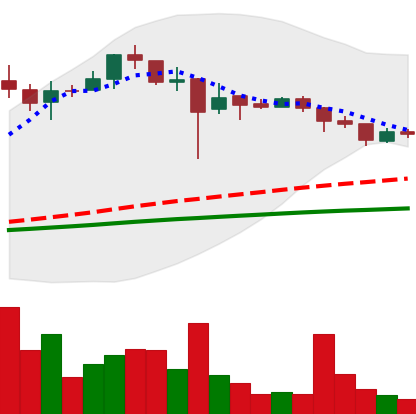
Ticker: LTC-USD
Chart end date: 2018-01-01
Forward return: 29.437%
Label: up_7plus